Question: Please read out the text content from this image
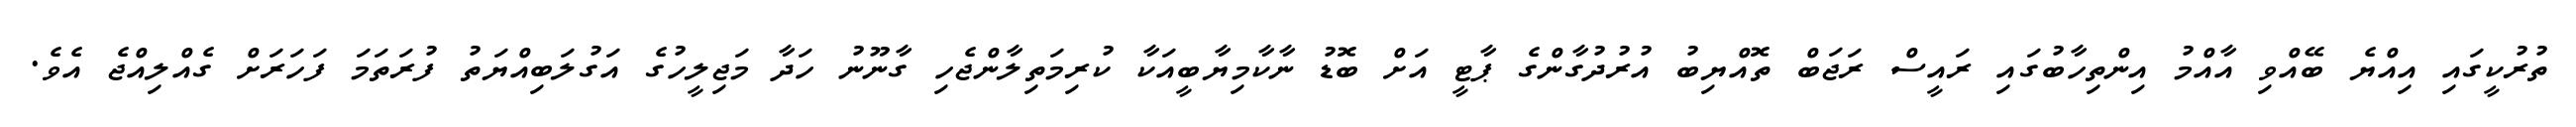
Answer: ތުރުކީގައި އިއްޔެ ބޭއްވި އާއްމު އިންތިހާބުގައި ރައީސް ރަޖަބް ތޮއްޔިބު އުރުދުގާންގެ ޕާޓީ އަށް ބޮޑު ނާކާމިޔާބީއަކާ ކުރިމަތިލާންޖެހި ގާނޫނު ހަދާ މަޖިލީހުގެ އަގުލަބިއްޔަތު ފުރަތަމަ ފަހަރަށް ގެއްލިއްޖެ އެވެ.